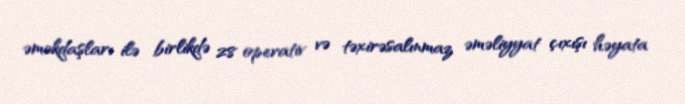
əməkdaşları ilə birlikdə 28 operativ və təxirəsalınmaz əməliyyat çıxışı həyata